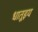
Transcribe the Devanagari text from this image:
धातूइय